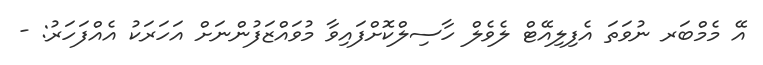
އޭ މެމްބަރ ނުވަތަ އެފިލިއޭޓް ލެވެލް ހާސިލްކޮށްފައިވާ މުވައްޒަފުންނަށް އަހަރަކު އެއްފަހަރު: -